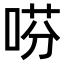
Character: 𫪝